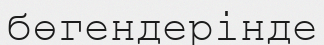
бөгендерінде